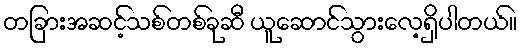
တခြားအဆင့်သစ်တစ်ခုဆီ ယူဆောင်သွားလေ့ရှိပါတယ်။